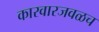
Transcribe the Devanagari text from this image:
कारवारजवळच